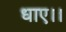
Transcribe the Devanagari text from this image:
धाए।।